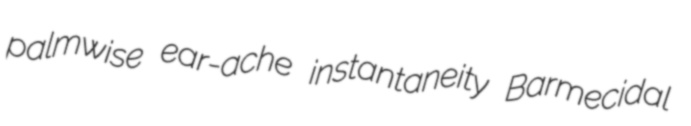
palmwise ear-ache instantaneity Barmecidal